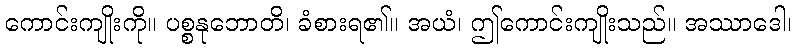
ကောင်းကျိုးကို။ ပစ္စနုဘောတိ၊ ခံစားရ၏။ အယံ၊ ဤကောင်းကျိုးသည်။ အဿာဒေါ၊